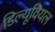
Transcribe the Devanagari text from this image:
डिल्यूवियल